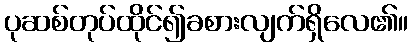
ပုဆစ်တုပ်ထိုင်၍ခစားလျက်ရှိလေ၏။